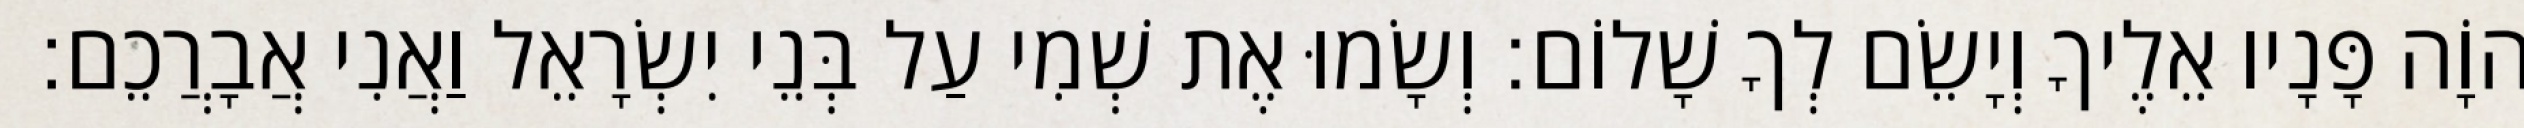
יְהוָֹה פָּנָיו אֵלֶיךָ וְיָשֵׂם לְךָ שָׁלוֹם׃ וְשָׂמוּ אֶת שְׁמִי עַל בְּנֵי יִשְׂרָאֵל וַאֲנִי אֲבָרֲכֵם׃